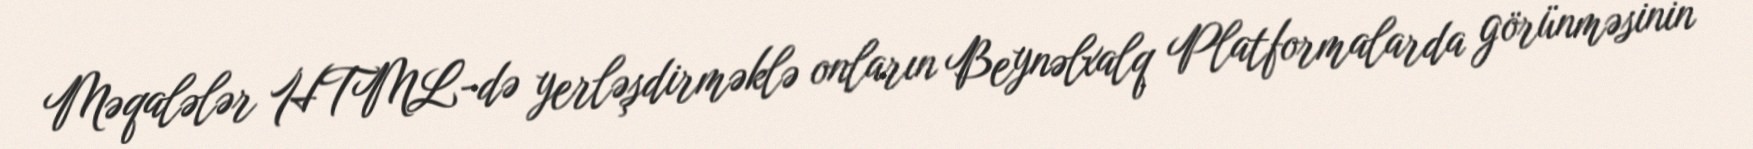
Məqalələr HTML-də yerləşdirməklə onların Beynəlxalq Platformalarda görünməsinin